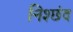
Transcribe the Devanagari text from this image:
निश्छंद